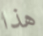
هذا